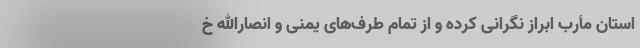
استان مأرب ابراز نگرانی کرده و از تمام طرف‌های یمنی و انصارالله خ